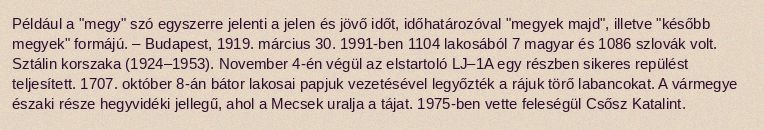
Például a "megy" szó egyszerre jelenti a jelen és jövő időt, időhatározóval "megyek majd", illetve "később megyek" formájú. – Budapest, 1919. március 30. 1991-ben 1104 lakosából 7 magyar és 1086 szlovák volt. Sztálin korszaka (1924–1953). November 4-én végül az elstartoló LJ–1A egy részben sikeres repülést teljesített. 1707. október 8-án bátor lakosai papjuk vezetésével legyőzték a rájuk törő labancokat. A vármegye északi része hegyvidéki jellegű, ahol a Mecsek uralja a tájat. 1975-ben vette feleségül Csősz Katalint.